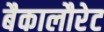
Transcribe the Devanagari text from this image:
बैकालौरेट